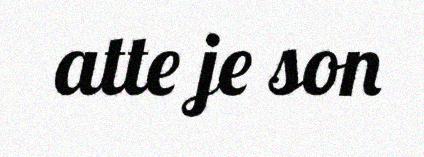
atte je son